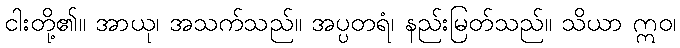
ငါးတို့၏။ အာယု၊ အသက်သည်။ အပ္ပတရံ၊ နည်းမြတ်သည်။ သိယာ ဣဝ၊